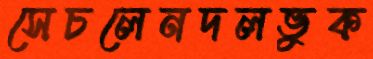
সেচলেনদলভুক